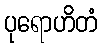
ပုရောဟိတံ